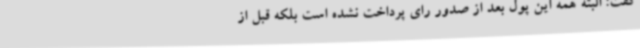
گفت: البته همه این پول بعد از صدور رای پرداخت نشده است بلکه قبل از